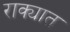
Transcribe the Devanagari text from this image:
राक्यात